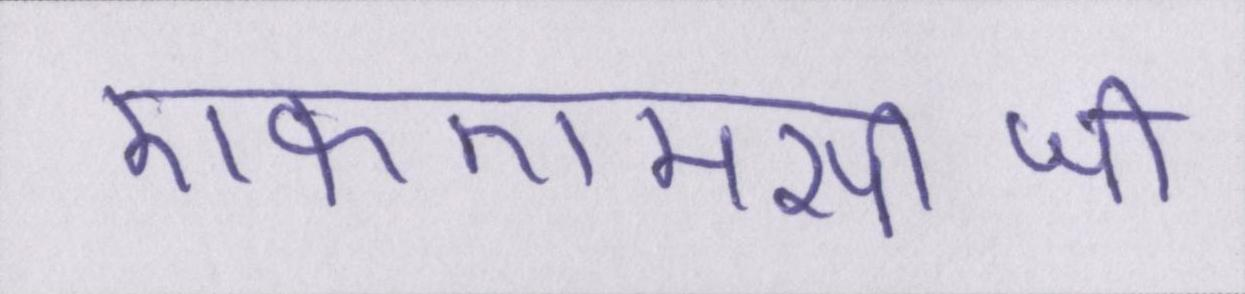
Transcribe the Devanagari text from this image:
एफएमसीजी